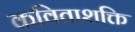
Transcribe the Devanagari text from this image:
कविताशक्ति